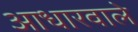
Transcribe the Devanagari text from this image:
आधारवाले